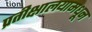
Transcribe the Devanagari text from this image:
प्रतीक्षालयामधून